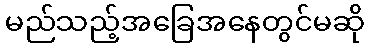
မည်သည့်အခြေအနေတွင်မဆို